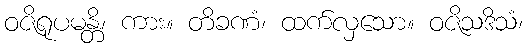
ဝဇိရုပမန္တိ၊ ကား။ တိခဏံ၊ ထက်လှသော။ ဝဇိသဒိသံ၊